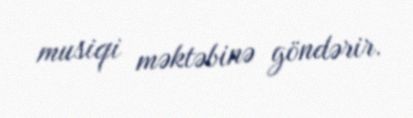
musiqi məktəbinə göndərir.